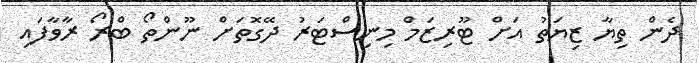
ދެން ތިޔާ ޒިޔަތު އަށް ޓޫރިޒަމް މިނިސްޓަރު ދޭގޮތަށް ނޫންތޯ ބްރޯ ރާވާފައި